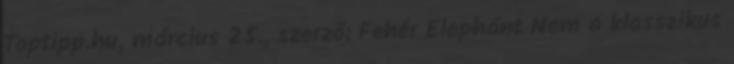
Toptipp.hu, március 25., szerző: Fehér Elephánt Nem a klasszikus